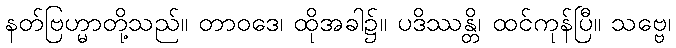
နတ်ဗြဟ္မာတို့သည်။ တာဝဒေ၊ ထိုအခါ၌။ ပဒိဿန္တိ၊ ထင်ကုန်ပြီ။ သဗ္ဗေ၊